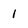
Character: 1